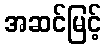
အဆင်မြင့်